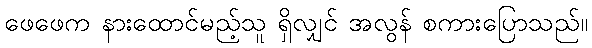
ဖေဖေက နားထောင်မည့်သူ ရှိလျှင် အလွန် စကားပြောသည်။